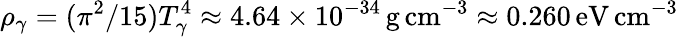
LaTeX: \rho_{\gamma}=(\pi^{2}/15)T_{\gamma}^{4}\approx 4.64\times 10^{-34}\, {\mathrm{g}}\, {\mathrm{cm}}^{-3}\approx 0.260\, {\mathrm{eV}}\, {\mathrm{cm}}^{-3}